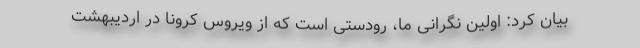
بیان کرد: اولین نگرانی ما، رودستی است که از ویروس کرونا در اردیبهشت